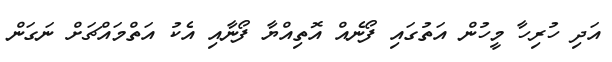
އަދި ހުރިހާ މީހުން އަތުގައި ފޯނެއް އޮތިއްޔާ ފޯނާއި އެކު އަތްމައްޗަށް ނަގަން